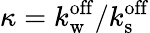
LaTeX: \kappa=k_{\mathrm{w}}^{\mathrm{off}}/k_{\mathrm{s}}^{\mathrm{off}}